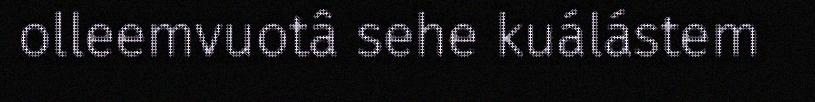
olleemvuotâ sehe kuálástem